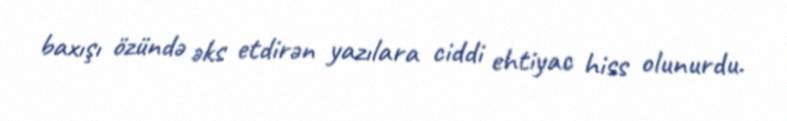
baxışı özündə əks etdirən yazılara ciddi ehtiyac hiss olunurdu.